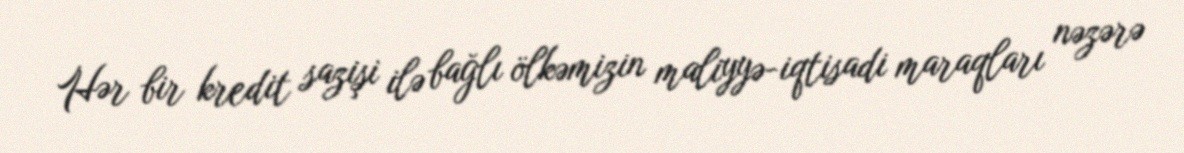
Hər bir kredit sazişi ilə bağlı ölkəmizin maliyyə-iqtisadi maraqları nəzərə